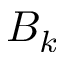
B _ { k }